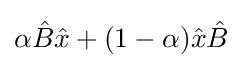
\alpha {\hat {B}}{\hat {x}}+(1-\alpha ){\hat {x}}{\hat {B}}